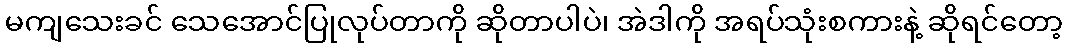
မကျသေးခင် သေအောင်ပြုလုပ်တာကို ဆိုတာပါပဲ၊ အဲဒါကို အရပ်သုံးစကားနဲ့ ဆိုရင်တော့